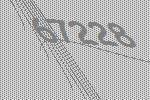
67228